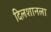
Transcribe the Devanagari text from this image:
दिलशानला